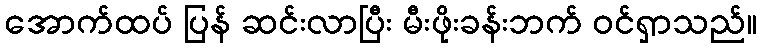
အောက်ထပ် ပြန် ဆင်းလာပြီး မီးဖိုးခန်းဘက် ဝင်ရှာသည်။